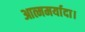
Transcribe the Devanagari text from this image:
आत्ममर्यादा।